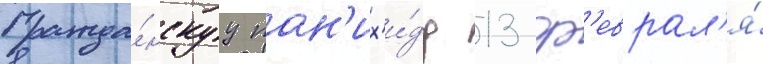
Гражда́нскуу пан'их'и́ду 13 ф'еврал'я́